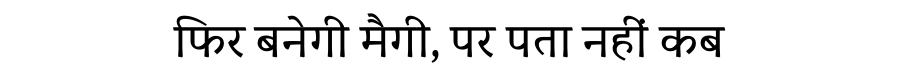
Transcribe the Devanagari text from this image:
फिर बनेगी मैगी, पर पता नहीं कब